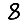
Digit: 8